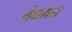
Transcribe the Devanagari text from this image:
मेघमय